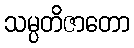
သမ္ပတိဇာတော